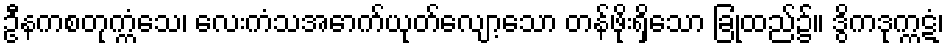
ဦနကစတုက္ကံသေ၊ လေးကံသအောက်ယုတ်လျော့သော တန်ဖိုးရှိသော ခြုံထည်၌။ ဒွိကဒုက္ကဋံ၊